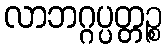
လာဘဂ္ဂပ္ပတ္တဉ္စ